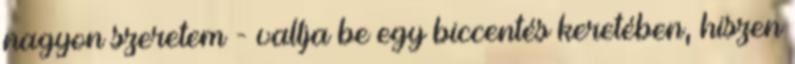
nagyon szeretem - vallja be egy biccentés keretében, hiszen